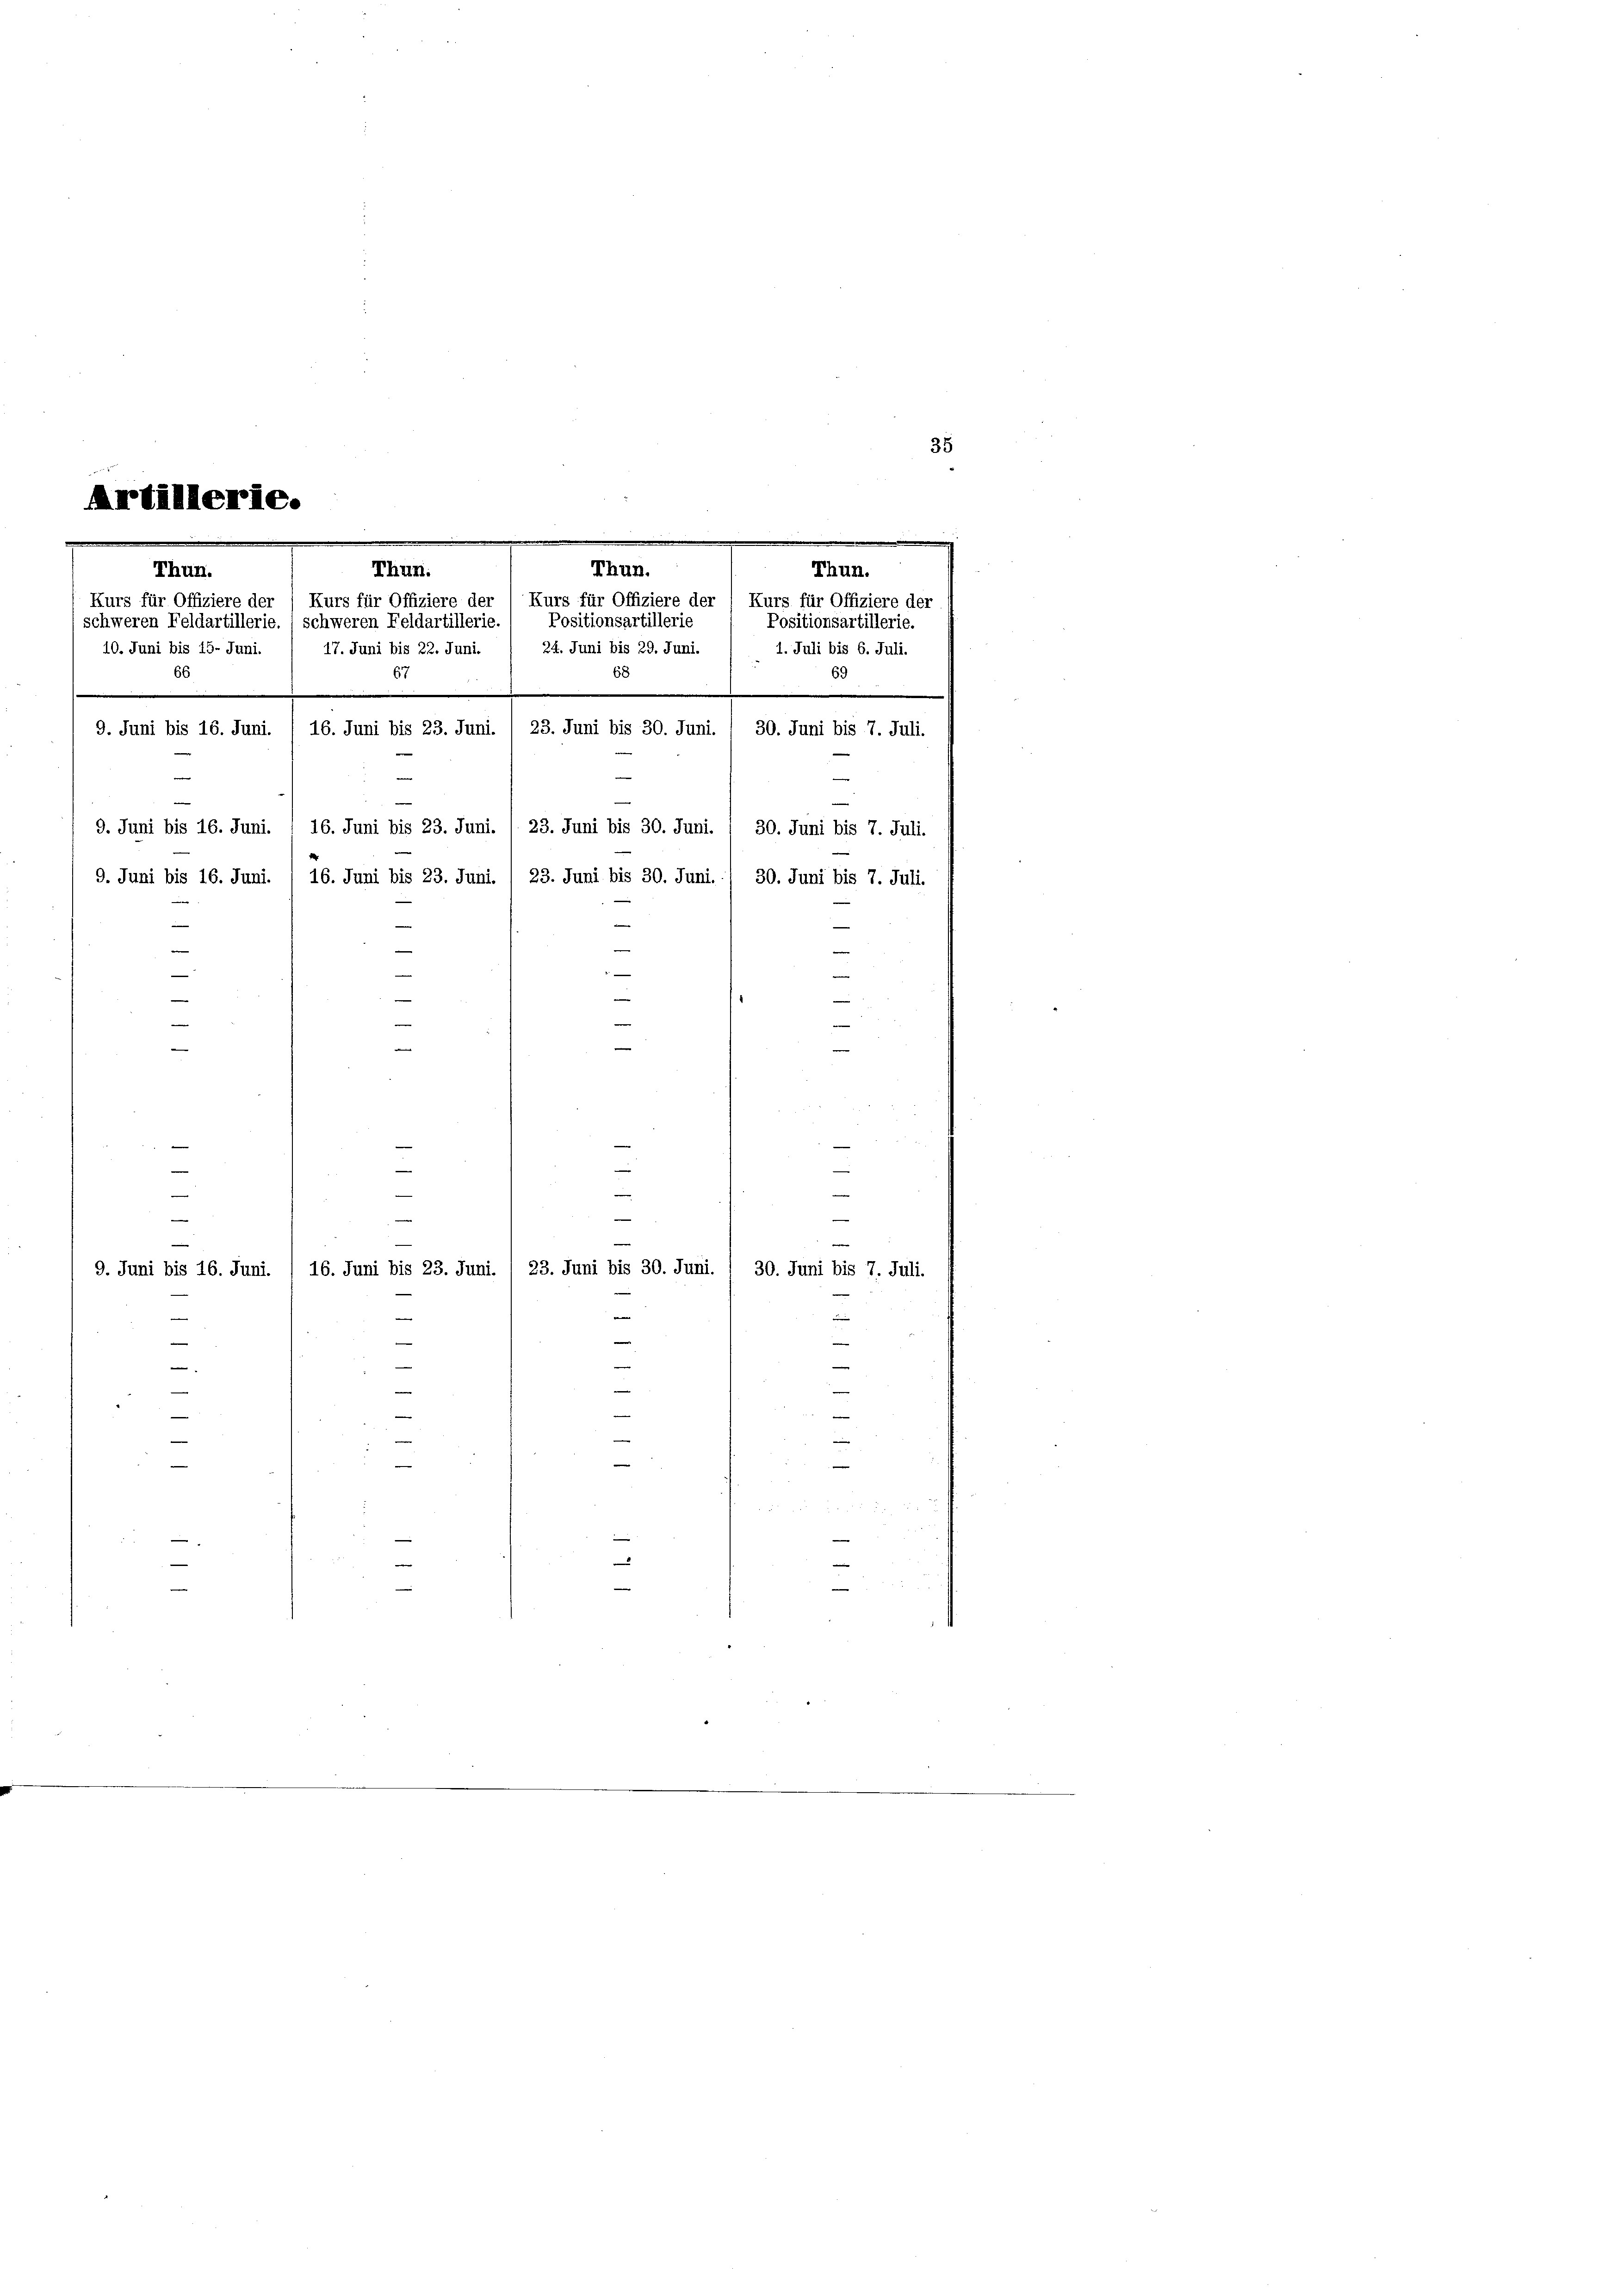
35
Artillerie.

Thun.
Thun.
Thun.
Kurs für Offiziere der 1 Kurs für Offiziere der (Kurs für Offiziere der (Kurs für Offiziere der
Positionsartillerie
Positionsartillerie.
schweren Feldartillerie. ( schweren Feldartillerie.
 1. Juli bis 6. Juli.
10. Juni bis 15. Juni. / 17. Juni bis 22. Juni.
24. Juni bis 29. Juni.
68
69
67
.
.
16. Juni bis 23. Juni. / 23. Juni bis 30. Juni.
30. Juni bis 7. Juli.

66
9. Juni bis 16. Juni.
9. Juni bis 16. Juni. / 16. Juni bis 23. Juni. / 23. Juni bis 30. Juni.
30. Juni bis 7. Juli.
9. Juni bis 16. Juni. / 16. Juni bis 23. Juni. / 23. Juni bis 30. Juni. / 30. Juni bis 7. Juli.
e
e
—
e
e
.

e
—
e
—
252
e

—
e
e

—
—
9. Juni bis 16. Juni. , 16. Juni bis 23. Juni. 1 23. Juni bis 30. Juni. 1 30. Juni bis 7. Juli.
7
e
.
e
22
e
—
.
—
e
3
s
—
—
e
2 x 2
.

.
e
e